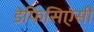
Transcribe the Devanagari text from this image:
डेफिसिएंसी